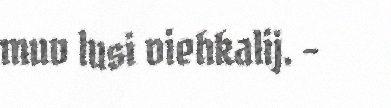
muv lusi viehkalij. –